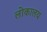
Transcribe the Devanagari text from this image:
लोकालय